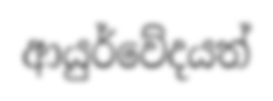
ආයුර්වේදයත්